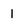
Character: 1